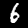
Digit: 6